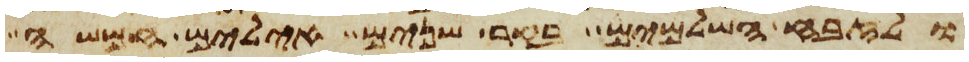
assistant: ולזבח השלמים בקר שנים אילים חמשה